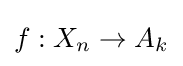
f:X_{n}\to A_{k}